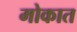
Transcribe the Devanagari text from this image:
मोकात